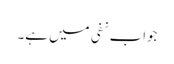
جواب نفی میں ہے۔